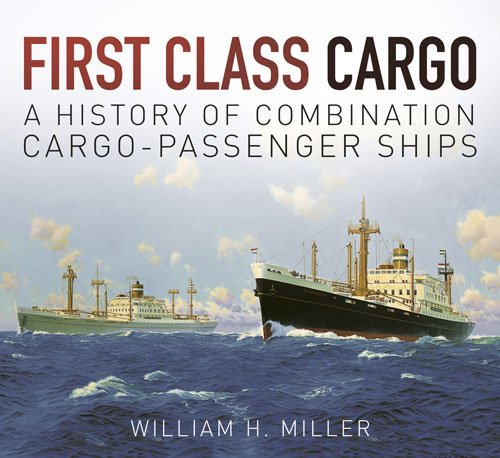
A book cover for First Class Cargo: A History of Combination Cargo-Passenger Ships; William H. Miller; Engineering & Transportation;